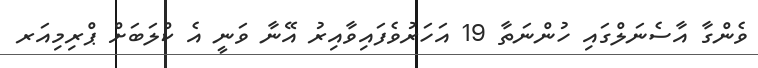
ވެންގާ އާސެނަލްގައި ހުންނަތާ 19 އަހަރުވެފައިވާއިރު އޭނާ ވަނީ އެ ކްލަބަށް ޕްރިމިއަރ